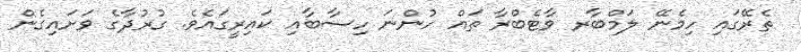
ތެރޭގައި ހިމެނޭ ލަމްބާރ ވާޓެބްރާ ތައް ހުންނަ ހިސާބާއި ކައިރީގައެވެ. ގުރުދާގެ ވަށައިގެން